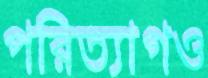
পরিত্যাগও